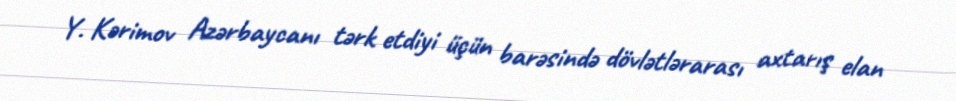
Y. Kərimov Azərbaycanı tərk etdiyi üçün barəsində dövlətlərarası axtarış elan